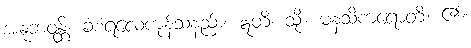
အနုဘဝန္တိ၊ ခံစံရလေကုန်သနည်း။ ဣတိ၊ သို့။ မနသိကရောတိ၊ ၏။